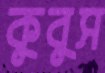
কুবুস